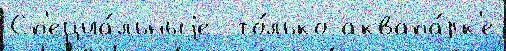
Сп'ециа́льныjе  то́лько аквапа́рк'е